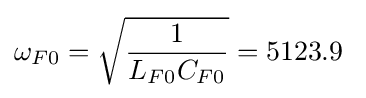
\omega _{F0}={\sqrt {\frac {1}{L_{F0}C_{F0}}}}=5123.9\